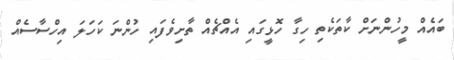
ބައެއް މީހުންނަށް ކާތަކެތި ހިގާ ހޮޅީގައި އެއްޗެއް ތާށިވެފައި ހުންނަ ކަހަލަ އިހްސާސެއް